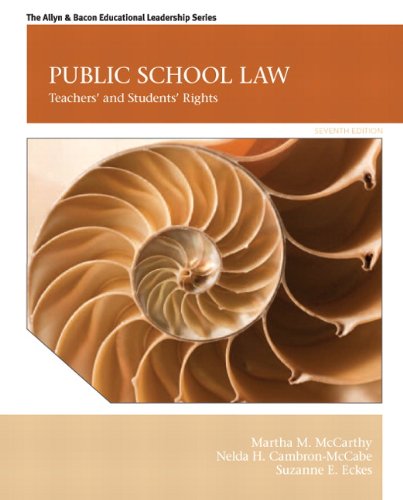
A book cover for Public School Law: Teachers' and Students' Rights (7th Edition); Martha M. McCarthy; Law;